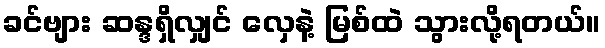
ခင်ဗျား ဆန္ဒရှိလျှင် လှေနဲ့ မြစ်ထဲ သွားလို့ရတယ်။